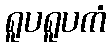
ရူပရူပကံ